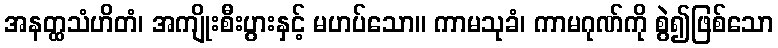
အနတ္ထသံဟိတံ၊ အကျိုးစီးပွားနှင့် မဟပ်သော။ ကာမသုခံ၊ ကာမဂုဏ်ကို စွဲ၍ဖြစ်သော